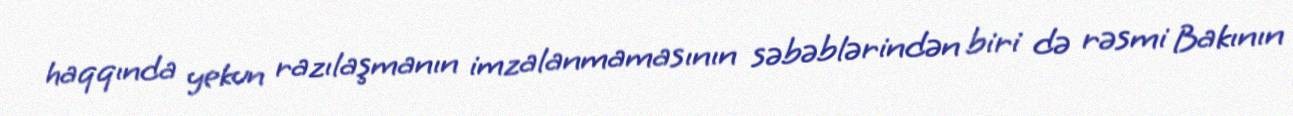
haqqında yekun razılaşmanın imzalanmamasının səbəblərindən biri də rəsmi Bakının